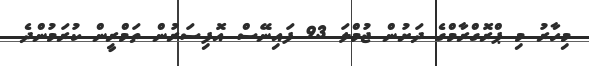
މިހާރު މި ޕްރޮގްރާމްގެ ދަށުން ޖުމްލަ 93 ފައިނޭސް އޮފިސަރުން ތަމްރީން ކުރަމުންދެ